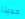
حديثا